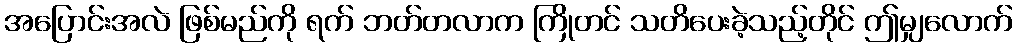
အပြောင်းအလဲ ဖြစ်မည်ကို ရက် ဘတ်တလာက ကြိုတင် သတိပေးခဲ့သည့်တိုင် ဤမျှလောက်